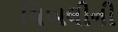
ચિખલીની